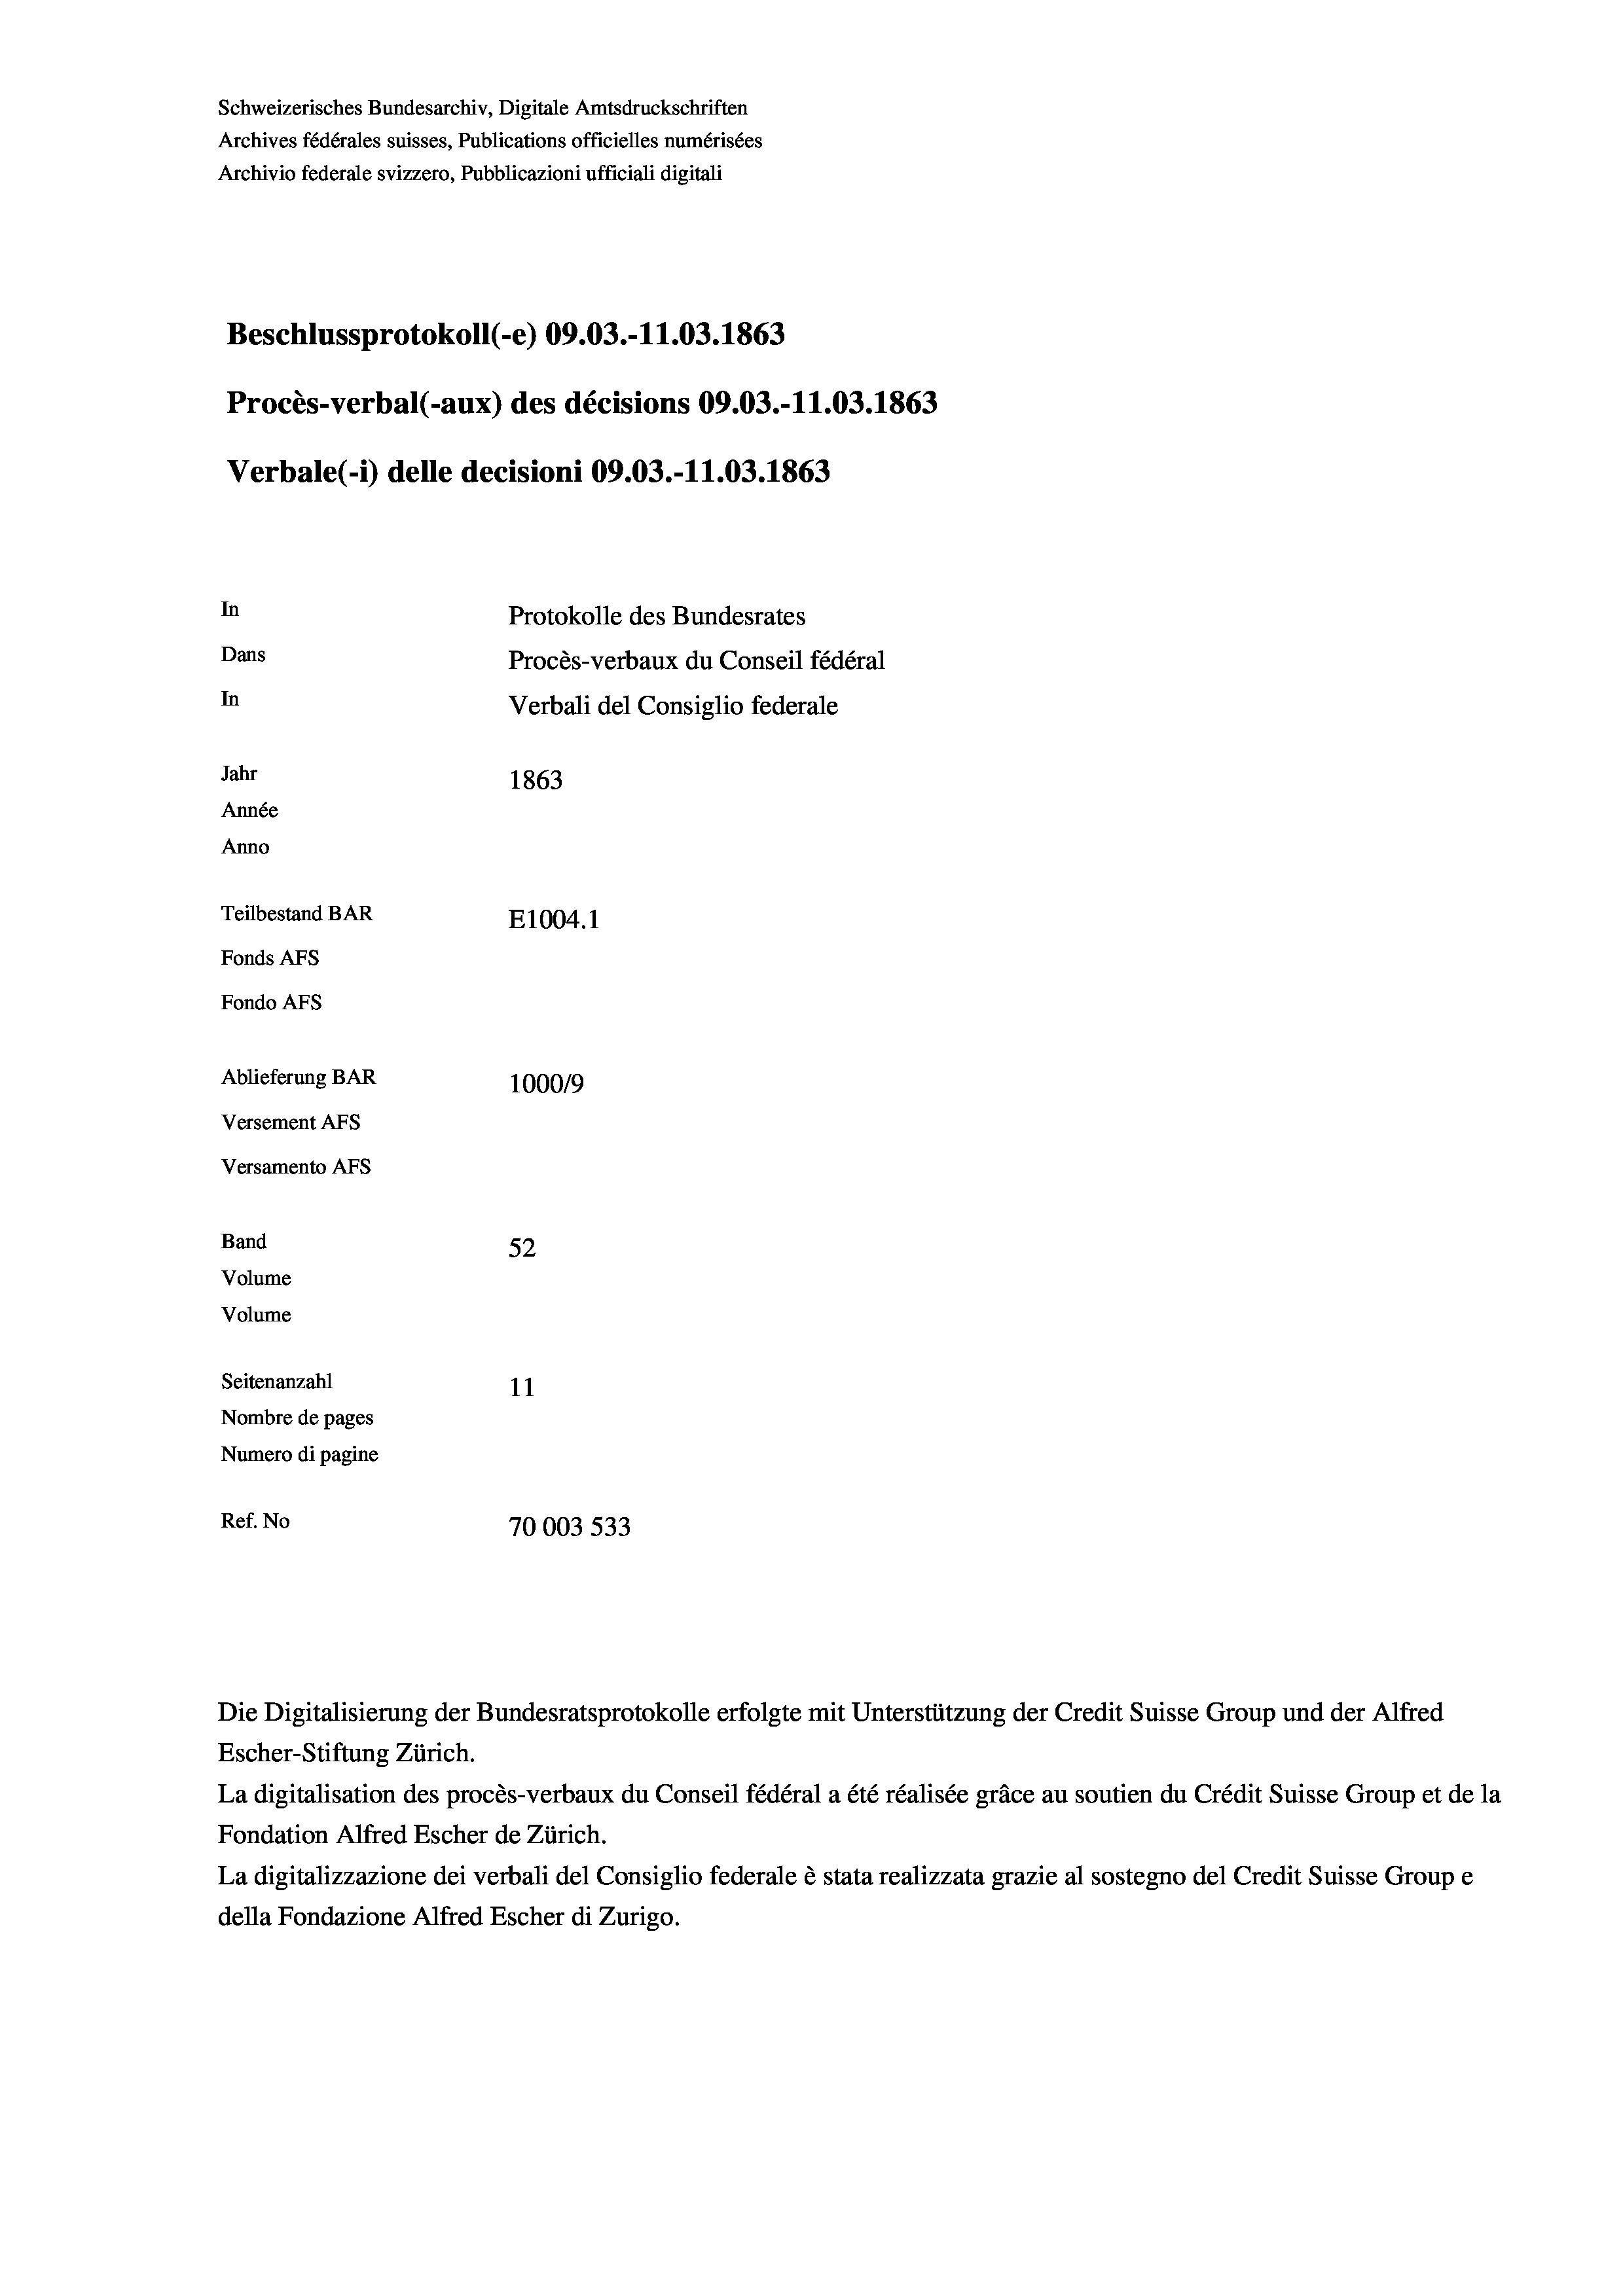
Schweizerisches Bundesarchiv, Digitale Amtsdruckschriften
Beschlussprotokoll (-e) 09.03.-11.03. 1863
Procès-verbal (-aux) des décisions 09.03.-11.03. 1863
Verbale (- 1) delle decisioni 09.03.-11.03. 1863
In
Protokolle des Bundesrates
Dans
Procès-verbaux du Conseil fédéral
In
Verbali del Consiglio federale
Jahr
1863
Année
Anno
Teilbestand BAR
E1004.1
Fonds AFs
Fondo AFS
Ablieferung BAR
100019
Versement AFs
Versamento AFs
Band
52
Volume
Volume

Seitenanzahl
11
Nombre de pages
Numero di pagine
Ref. No
70003 533

Archives fédérales suisses, Publications officielles numérisées
Archivio federale svizzero, Pubblicazioni ufficiali digitali

Die Digitalisierung der Bundesratsprotokolle erfolgte mit Unterstützung der Credit Suisse Group und der Alfred
Escher-Stiftung Zürich.
La digitalisation des procès-verbaux du Conseil fédéral a été réalisée gräce au soutien du Crédit Suisse Group et de la
Fondation Alfred Escher de Zürich.
La digitalizzazione dei verbali del Consiglio federale è stata realizzata grazie al sostegno del Credit Suisse Groupe
della Fondazione Alfred Escher di Zurigo.